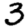
Digit: 3